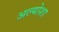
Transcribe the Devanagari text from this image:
अल्योशा